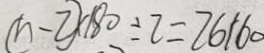
( n - 2 ) \times 1 8 0 \div 2 = 2 6 1 6 0